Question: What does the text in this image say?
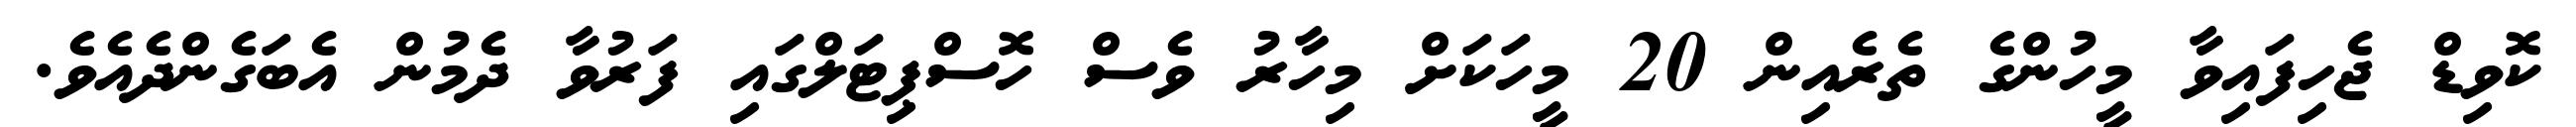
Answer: ކޮވިޑް ޖެހިފައިވާ މީހުންގެ ތެރެއިން 20 މީހަކަށް މިހާރު ވެސް ހޮސްޕިޓަލްގައި ފަރުވާ ދެމުން އެބަގެންދެއެވެ.